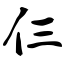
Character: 仨